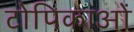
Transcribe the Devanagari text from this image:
टोपिकाओं